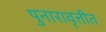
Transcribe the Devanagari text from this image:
पुनारावृत्तीत